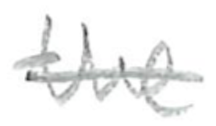
Text: the
Cross-out: single-line
Writing tool: pencil